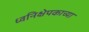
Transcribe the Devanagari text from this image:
ध्वनिक्षेपकाच्या